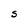
Character: S